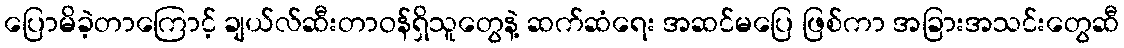
ပြောမိခဲ့တာကြောင့် ချယ်လ်ဆီးတာဝန်ရှိသူတွေနဲ့ ဆက်ဆံရေး အဆင်မပြေ ဖြစ်ကာ အခြားအသင်းတွေဆီ